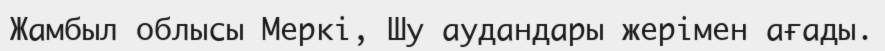
Жамбыл облысы Меркі, Шу аудандары жерімен ағады.